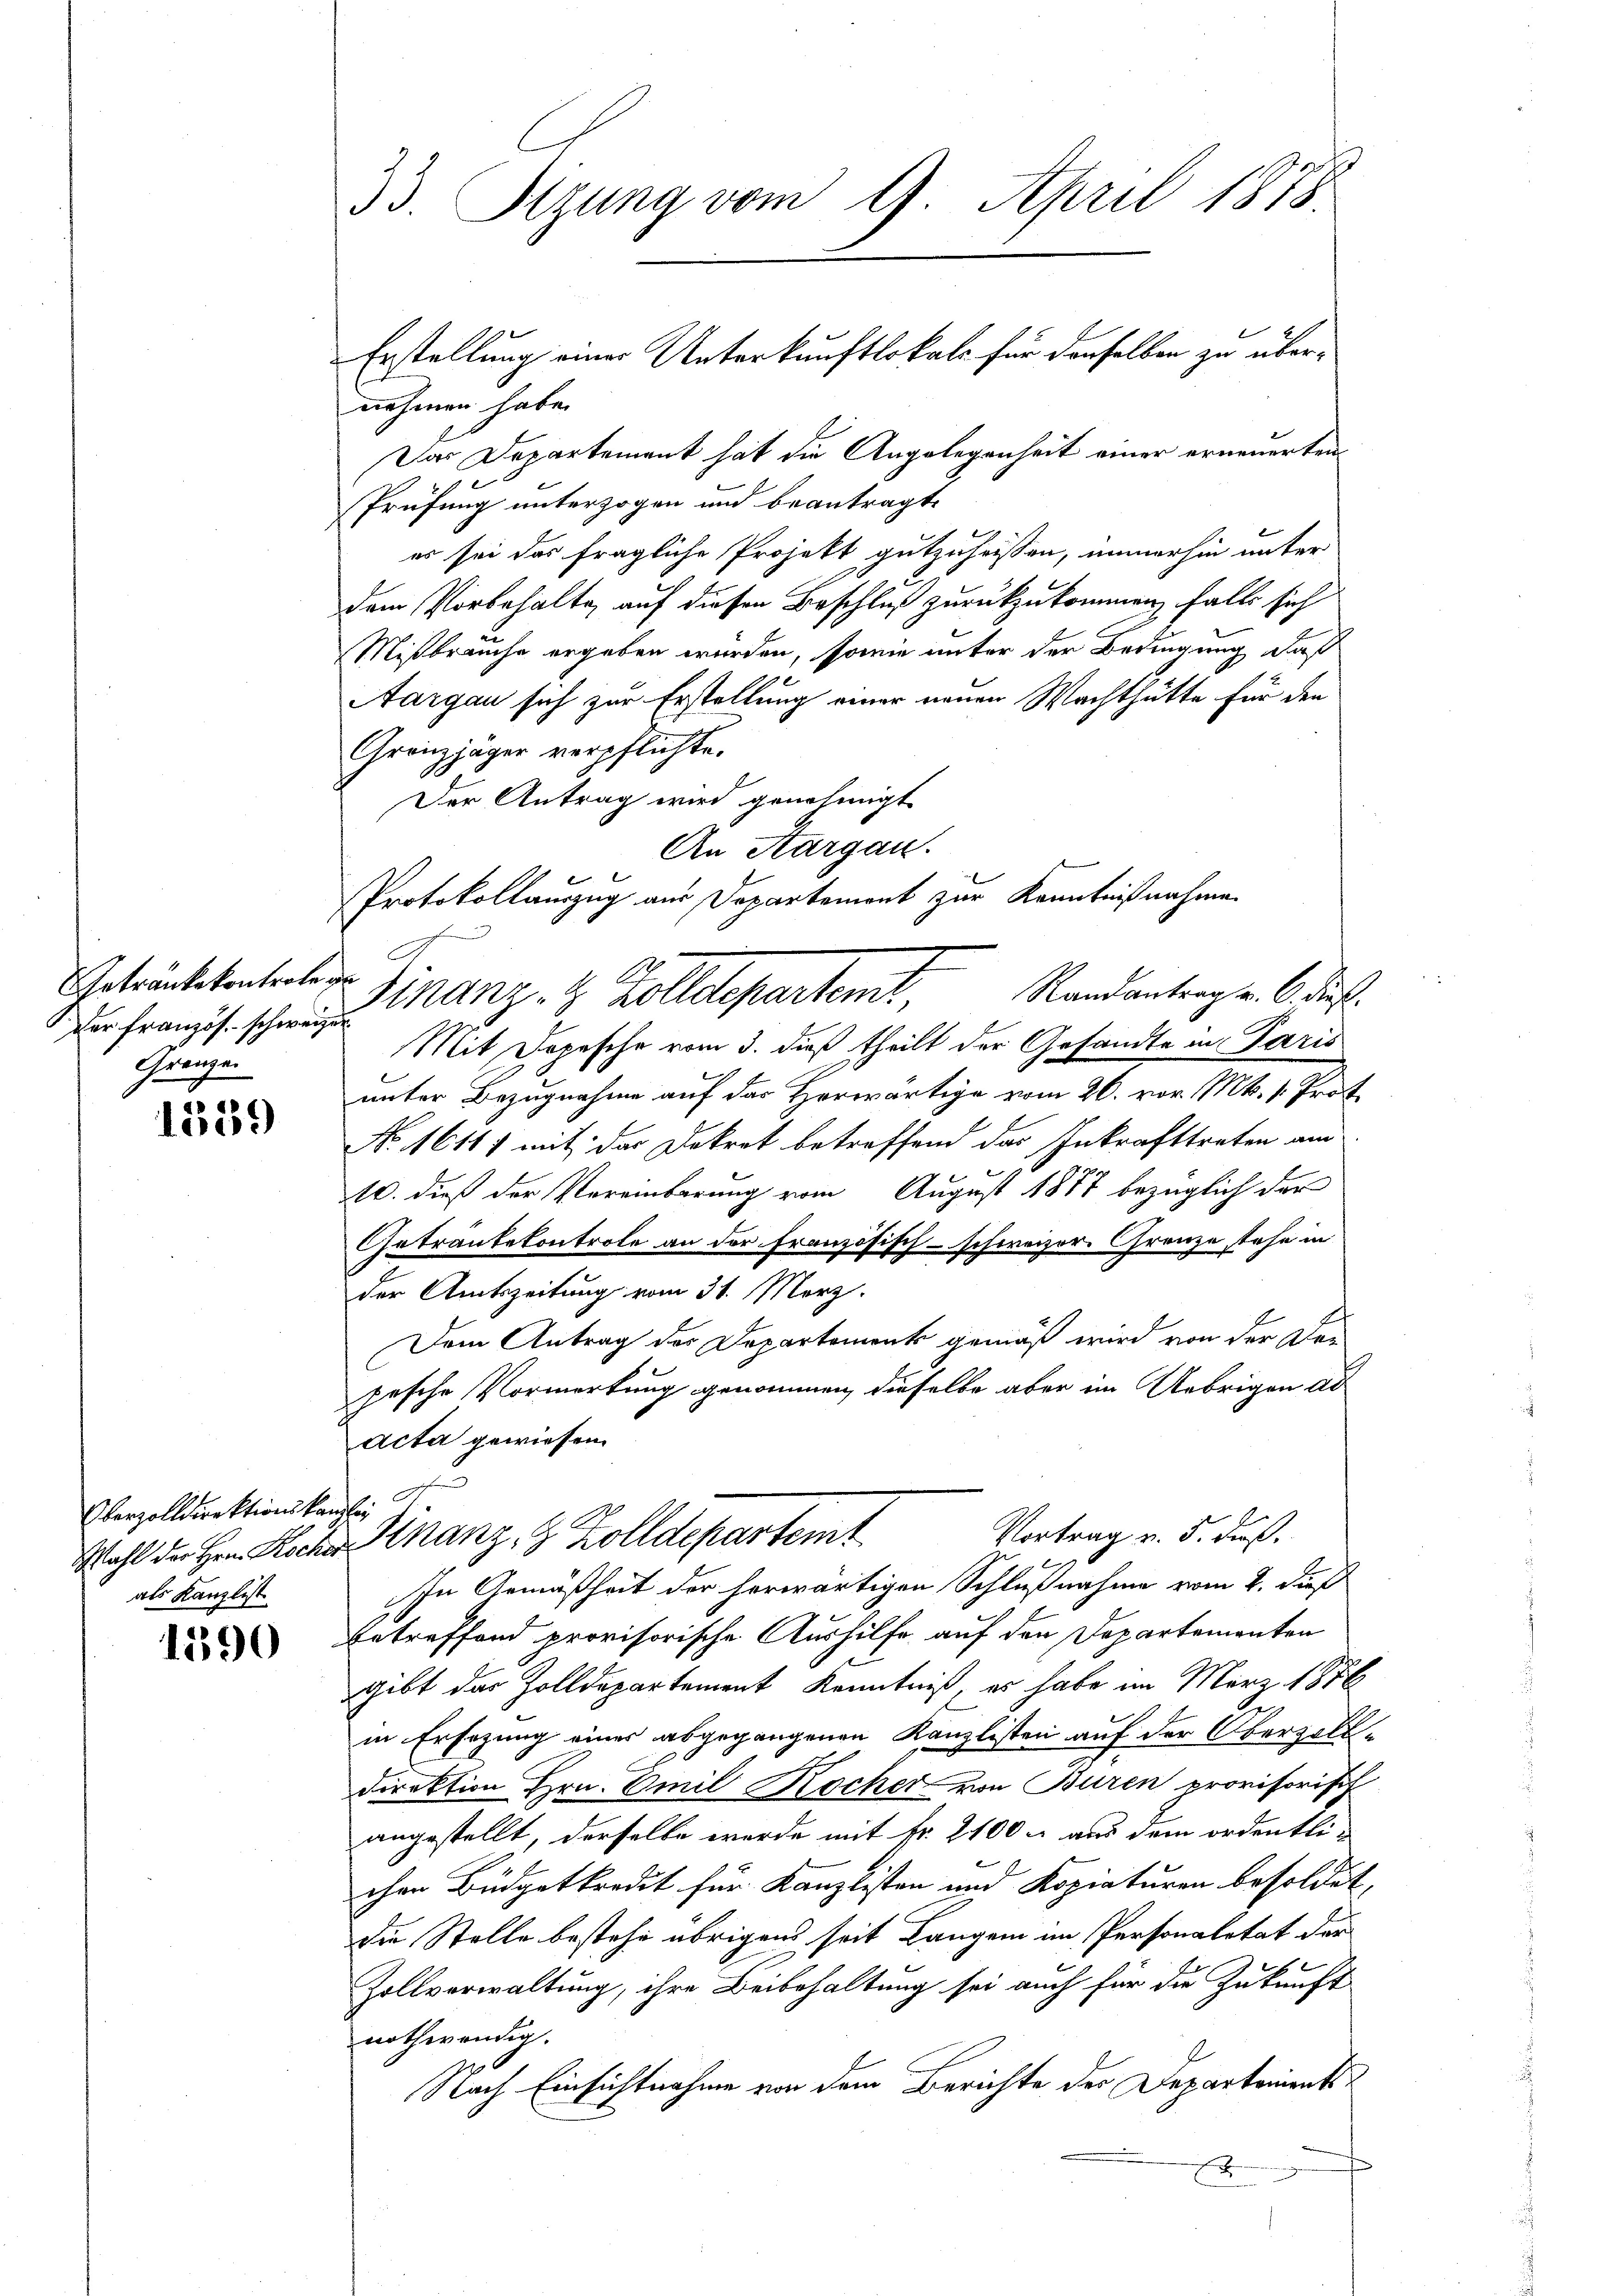
Getränkekontrole ge
der französ. schweize
Gränzen

1339

Oberzolldirektionskanzley
als Kanzlist

1590

33. Sizung vom 9. April 1873
Erstellung einer Unterkunftlokals für denselben zu über¬

nehmen habe.
Das Departement hat die Angelegenheit einer erneuerten
Prüfung unterzogen und beantragt,
er sei das fragliche Projekt gutzuheissen, immerhin unter
dem Vorbehalte, auf diesen Beschluß zurückzukommen, falls sich
Mißbrauche ergeben würden, sowie unter der Bedingung daß
Aargau sich zur Erstellung einer neuen Wachthütte für den
Gränzjäger verpflichte.
Der Antrag wird genehmigt.
An Aargau.
Protokollauszug aus Departement zur Kenntnißnahme

A
Randantrag v. 6. dieß.
Finanz- & Zolldepartemt,
f

A
Wahl der Hrn. Kochen Kranz, 9 Zolldepartemt

Mit Depesche vom 3. dieß theilt der Gesandte in Paris
unter Bezugnahme auf das Herwärtige vom 26. vor. Mts. 1. Prot
No. 16117 mit der Dekret betreffend das Inkrafttreten am
10. dieß der Vereinbarung vom August 1877 bezüglich der
Getrautekontrole an der französisch-schweizer-Grenze stehe in
der Amtszeitung vom 31. März.
Dem Antrag des Departements gemäß wird von der Dei
pesche Vormerkung genommen, dieselbe aber im Uebrigen ad
acta gewiesen.
In Gemäßheit der herwärtigen Schlußnahme vom 2. dieß
Betreffend provisorische Aushilfe auf den Departementen
gibt das Zolldepartement Kenntniß, es habe im März 1876
in Ersezung eines abgegangenen Kanzlisten auf der Oberzoll-
Direktion Hrn. Emil Kocher von Buren provisorisch
angestellt, derselbe werde mit fr. 2100 u. aus dem ordentli-
chen Büdgetkredit für Kanzlisten und Kopiaturen besoldet,
die Stelle bestehe übrigens seit Langen in Personaletat der
Zollverwaltung, ihre Beibehaltung sei auch für die Zukunft
nothwendig.
Nach Einsichtnahme von dem Berichte der Departements¬
E

Vortrag v. 5. dß.